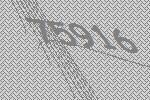
75916